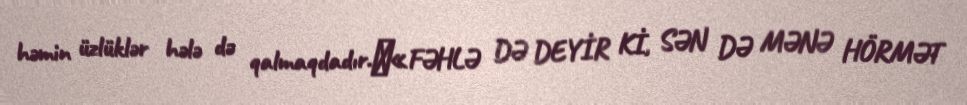
həmin üzlüklər hələ də qalmaqdadır.​«FƏHLƏ DƏ DEYİR Kİ, SƏN DƏ MƏNƏ HÖRMƏT